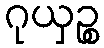
ဂုယှဉ္စ